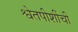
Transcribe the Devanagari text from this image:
श्वेतपीशींची